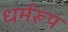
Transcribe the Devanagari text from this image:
धर्मरूप